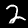
Digit: 2